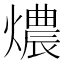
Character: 燶